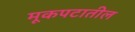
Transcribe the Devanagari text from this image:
मूकपटातील